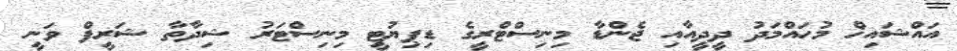
އައްޝައިޚް މުހައްމަދު ދީދީއާއި ޖެންޑާ މިނިސްޓްރީގެ ޑިޕިޔުޓީ މިނިސްޓަރު ޝިދާތާ ޝަރީފް ވަނީ